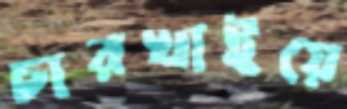
চারখাইয়ে